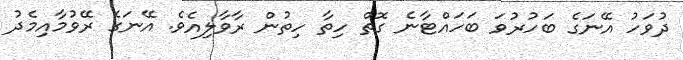
ދުވަހު އޭނަގެ ބަހުރުވަ ބަހައްޓާނެ ގޮތް ހިތާ ހިތުން ރާވާލިއެވެ. އޭނަގެ ރޭވުމާއިމެދު